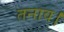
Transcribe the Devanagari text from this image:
तनाव।